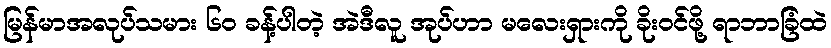
မြန်မာအလုပ်သမား ၆၀ ခန့်ပါတဲ့ အဲဒီလူ အုပ်ဟာ မလေးရှားကို ခိုးဝင်ဖို့ ရာဘာခြံထဲ